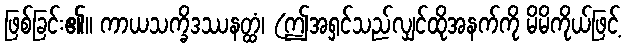
ဖြစ်ခြင်း၏။ ကာယသက္ခိဒဿနတ္ထံ၊ (ဤအရှင်သည်လျှင်ထိုအနက်ကို မိမိကိုယ်ဖြင့်